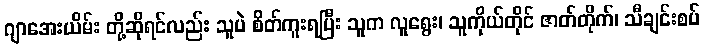
ဂျာအေးယိမ်း တို့ဆိုရင်လည်း သူပဲ စိတ်ကူးရပြီး သူက လူရွေး၊ သူကိုယ်တိုင် ဇာတ်တိုက်၊ သီချင်းစပ်